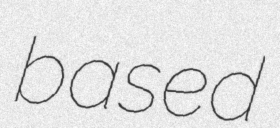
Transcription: based